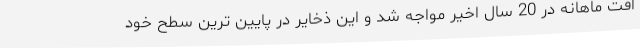
افت ماهانه در 20 سال اخیر مواجه شد و این ذخایر در پایین ترین سطح خود